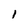
Character: 1